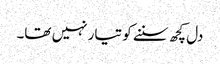
دل کچھ سننے کو تیار نہیں تھا۔